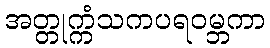
အတ္တုက္ကံသကပရဝမ္ဘကာ